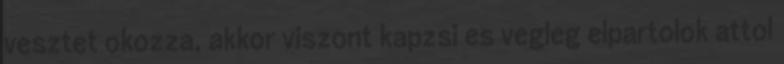
vesztet okozza, akkor viszont kapzsi es vegleg elpartolok attol